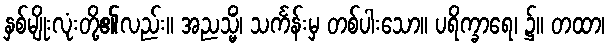
နှစ်မျိုးလုံးတို့၏လည်း။ အညသ္မိံ၊ သင်္ကန်းမှ တစ်ပါးသော။ ပရိက္ခာရေ၊ ၌။ တထာ၊